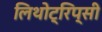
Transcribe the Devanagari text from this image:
लिथोट्रिप्सी